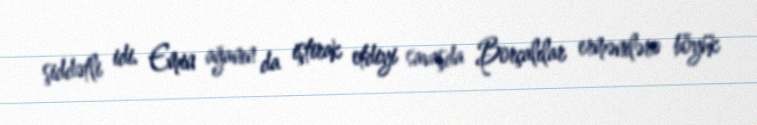
şiddətli idi. Emin ağanın da iştirak etdiyi savaşda Borçalılar ermənilərə böyük